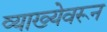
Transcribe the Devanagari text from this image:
व्याख्येवरून